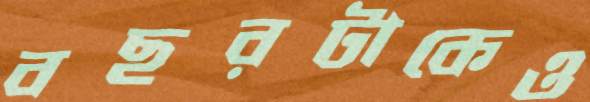
বছরটাকেও